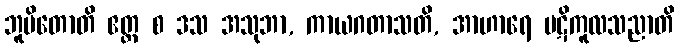
ဘူမိတောတိ ဧတ္ထ စ ဒသ အသုဘာ, ကာယဂတာသတိ, အာဟာရေ ပဋိကူလသညာတိ